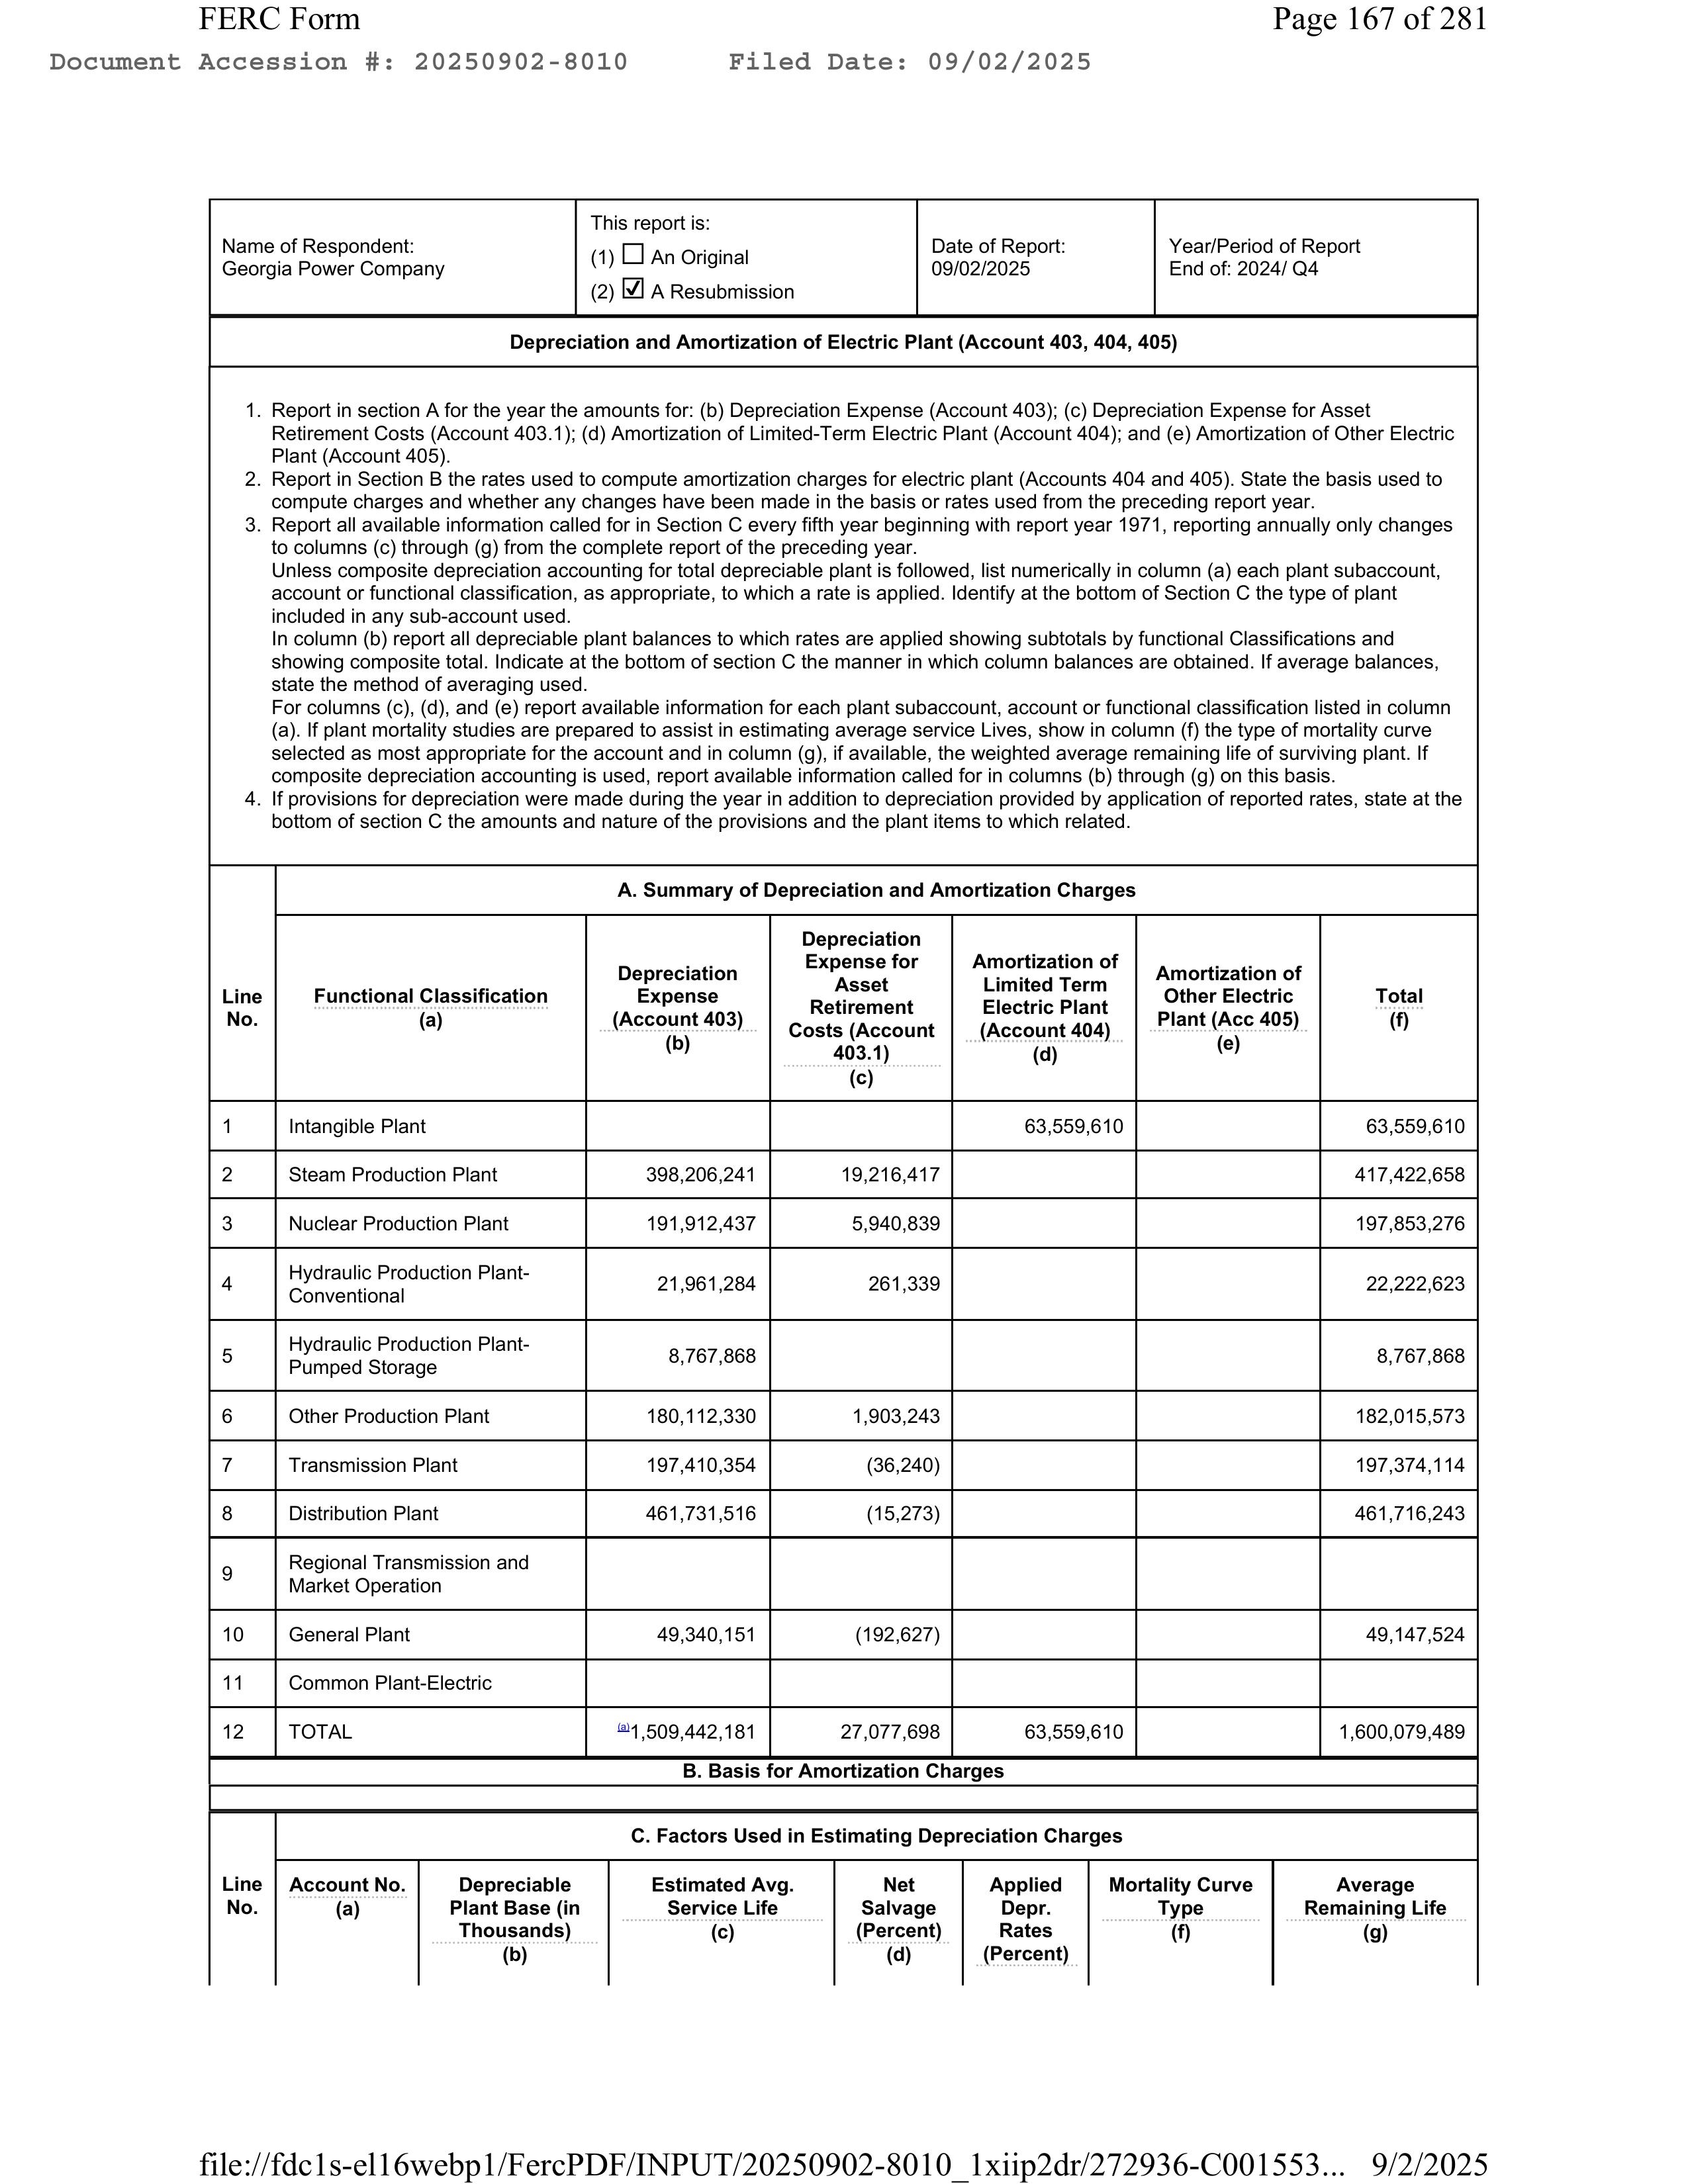
FERC Form                                                                                      Page 167 of 281
Document Accession #: 20250902-8010        Filed Date: 09/02/2025

Name of Respondent:
Georgia Power Company

This report is:
(1) ☐ An Original
(2) ☑ A Resubmission

Date of Report:
09/02/2025

Year/Period of Report:
End of: 2024/ Q4

Depreciation and Amortization of Electric Plant (Account 403, 404, 405)

1.  Report in section A for the year the amounts for: (b) Depreciation Expense (Account 403); (c) Depreciation Expense for Asset
    Retirement Costs (Account 403.1); (d) Amortization of Limited-Term Electric Plant (Account 404); and (e) Amortization of Other Electric
    Plant (Account 405).
2.  Report in Section B the rates used to compute amortization charges for electric plant (Accounts 404 and 405). State the basis used to
    compute charges and whether any changes have been made in the basis or rates used from the preceding report year.
3.  Report all available information called for in Section C every fifth year beginning with report year 1971, reporting annually only changes
    to columns (c) through (g) from the complete report of the preceding year.
    Unless composite depreciation accounting for total depreciable plant is followed, list numerically in column (a) each plant subaccount,
    account or functional classification, as appropriate, to which a rate is applied. Identity at the bottom of Section C the type of plant
    included in any sub-account used.
    In column (b) report all depreciable plant balances to which rates are applied showing subtotals by functional Classifications and
    showing composite total. Indicate at the bottom of section C the manner in which column balances are obtained. If average balances,
    state the method of averaging used.
    For columns (c), (d), and (e) report available information for each plant subaccount, account or functional classification listed in column
    (a). If plant mortality studies are prepared to assist in estimating average service Lives, show in column (f) the type of mortality curve
    selected as most appropriate for the account and in column (g), if available, the weighted average remaining life of surviving plant. If
    composite depreciation accounting is used, report available information called for in columns (b) through (g) on this basis.
4.  If provisions for depreciation were made during the year in addition to depreciation provided by application of reported rates, state at the
    bottom of section C the amounts and nature of the provisions and the plant items to which related.

A. Summary of Depreciation and Amortization Charges

Line   Functional Classification (a)                 Depreciation Expense      Depreciation Expense for     Amortization of Limited   Amortization of Other    Total
No.                                              (Account 403) (b)          Asset Retirement Costs        Term Electric Plant         Electric Plant (Acc 405)  (f)
                                                                           (Account 403.1) (c)           (Account 404) (d)           (e)

1      Intangible Plant                                                                                   63,559,610                                      63,559,610
2      Steam Production Plant                            398,206,241              19,216,417                                                     417,422,658
3      Nuclear Production Plant                          191,912,437               5,940,839                                                     197,853,276
4      Hydraulic Production Plant-
       Conventional                                      21,961,284                  261,339                                                      22,222,623
5      Hydraulic Production Plant-
       Pumped Storage                                     8,767,868                                                                            8,767,868
6      Other Production Plant                            180,112,330               1,903,243                                                     182,015,573
7      Transmission Plant                                197,410,354                 (36,240)                                                    197,374,114
8      Distribution Plant                                461,731,516                 (15,273)                                                    461,716,243
9      Regional Transmission and
       Market Operation
10     General Plant                                      49,340,151                (192,627)                                                     49,147,524
11     Common Plant-Electric
12     TOTAL                                          a1,509,442,181              27,077,698              63,559,610                                1,600,079,489

B. Basis for Amortization Charges

C. Factors Used in Estimating Depreciation Charges

Line   Account No. (a)   Depreciable Plant Base (in Thousands) (b)   Estimated Avg. Service Life (c)   Net Salvage (Percent) (d)   Applied Depr. Rates (Percent) (e)   Mortality Curve Type (f)   Average Remaining Life (g)

file://fdc1s-ell6webp1/FercPDF/INPUT/20250902-8010_1xiip2dr/272936-C001553...  9/2/2025